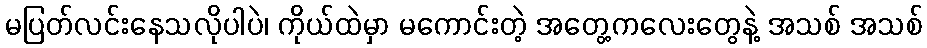
မပြတ်လင်းနေသလိုပါပဲ၊ ကိုယ်ထဲမှာ မကောင်းတဲ့ အတွေ့ကလေးတွေနဲ့ အသစ် အသစ်